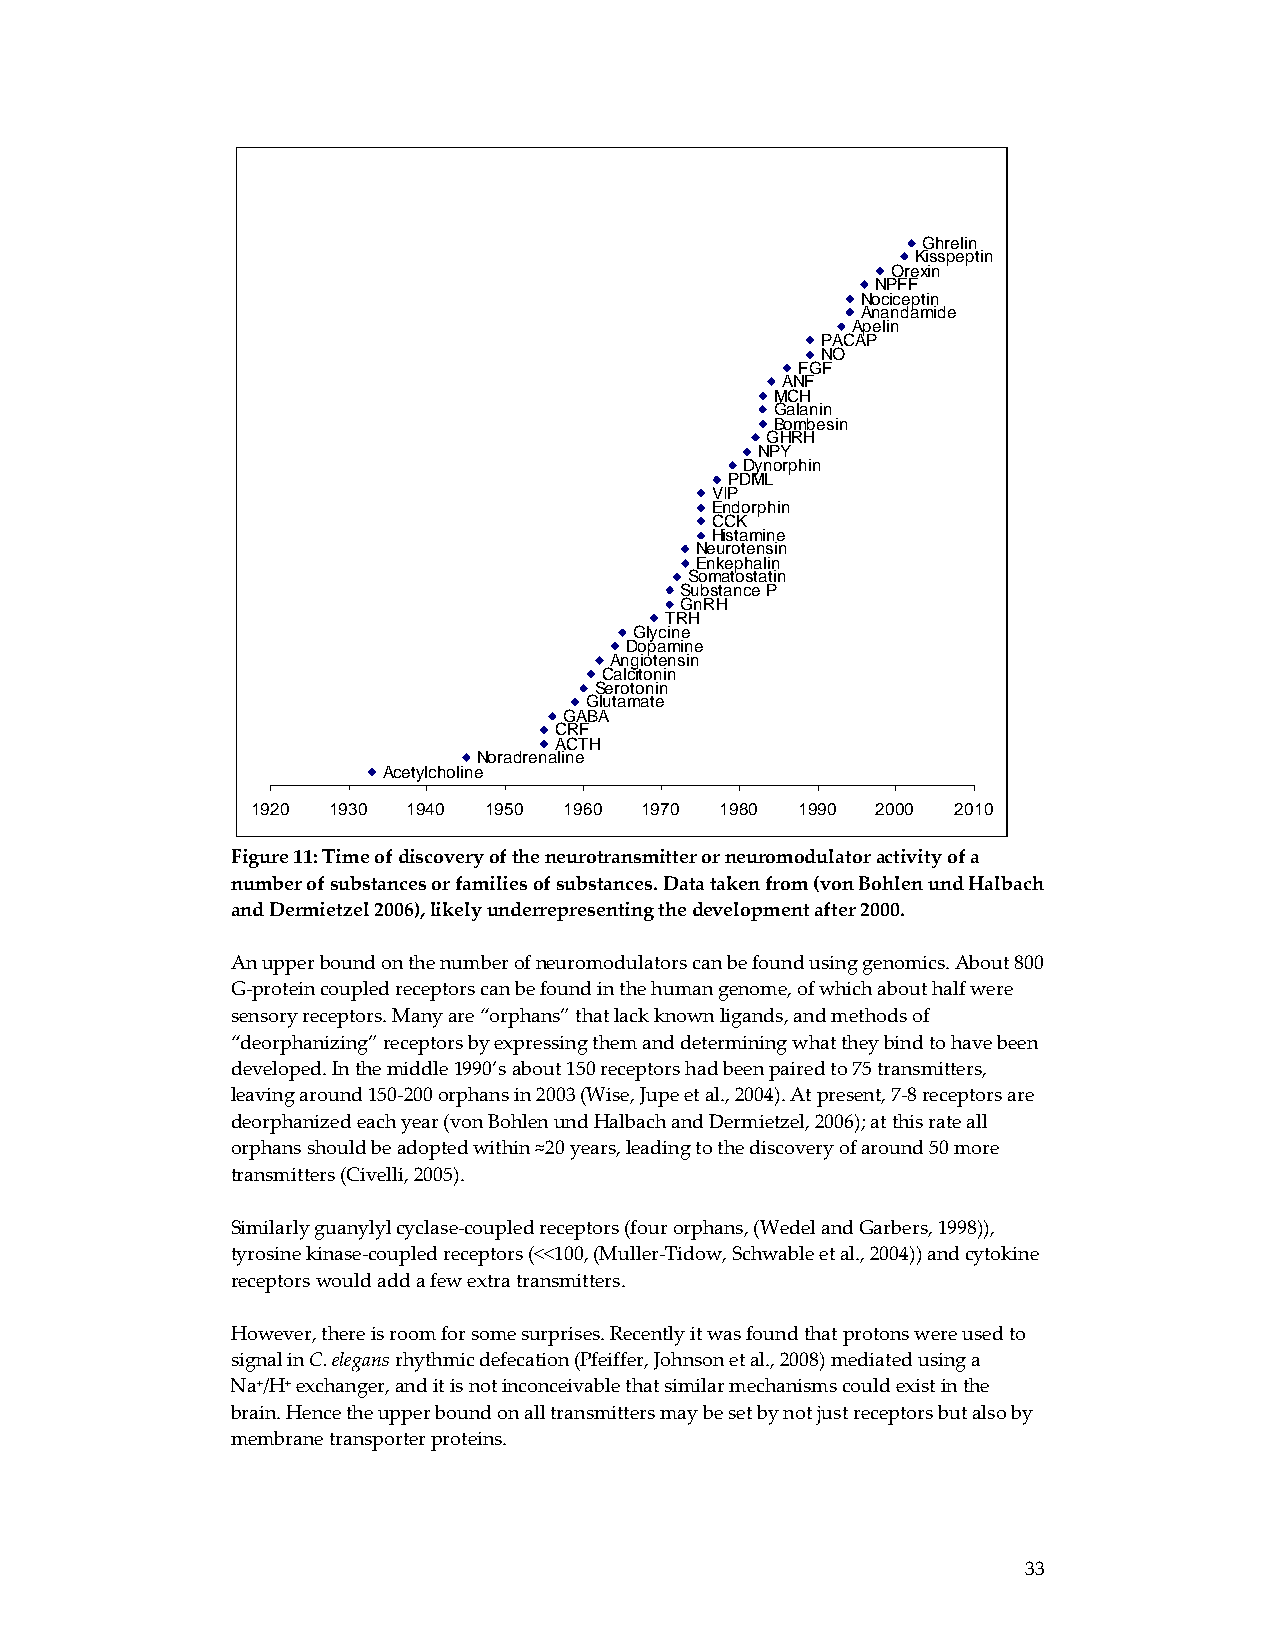
Ghrelin
 Kisspeptin
 Orexin
 NPFF
 Nociceptin
 Anandamide
 Apelin
 PACAP
 NO
 FGF
 ANF
 MCH
 Galanin
 Bombesin
 GHRH
 NPY
 Dynorphin
 PDML
 VIP
 Endorphin
 CCK
 Histamine
 Neurotensin
 Enkephalin
 Somatostatin
 Substance P
 GnRH
 TRH
 Glycine
 Dopamine
 Angiotensin
 Calcitonin
 Serotonin
 Glutamate
 GABA
 CRF
 ACTH
 Noradrenaline
 Acetylcholine
 1920 1930 1940 1950 1960 1970  1980 1990 2000 2010
 Figure 11: Time of discovery of the neurotransmitter or neuromodulator activity of a
 number of substances or families of substances. Data taken from (von Bohlen und Halbach
 and Dermietzel 2006), likely underrepresenting the development after 2000.
 An upper bound on the number of neuromodulators can be found using genomics. About 800
 G‐protein coupled receptors can be found in the human genome, of which about half were
 sensory receptors. Many are “orphans” that lack known ligands, and methods of
 “deorphanizing” receptors by expressing them and determining what they bind to have been
 developed. In the middle 1990’s about 150 receptors had been paired to 75 transmitters,
 leaving around 150‐200 orphans in 2003 (Wise, Jupe et al., 2004). At present, 7‐8 receptors are
 deorphanized each year (von Bohlen und Halbach and Dermietzel, 2006); at this rate all
 orphans should be adopted within ≈20 years, leading to the discovery of around 50 more
 transmitters (Civelli, 2005).
 Similarly guanylyl cyclase‐coupled receptors (four orphans, (Wedel and Garbers, 1998)),
 tyrosine kinase‐coupled receptors (<<100, (Muller‐Tidow, Schwable et al., 2004)) and cytokine
 receptors would add a few extra transmitters.
 However, there is room for some surprises. Recently it was found that protons were used to
 signal in C. elegans rhythmic defecation (Pfeiffer, Johnson et al., 2008) mediated using a
 Na+/H+ exchanger, and it is not inconceivable that similar mechanisms could exist in the
 brain. Hence the upper bound on all transmitters may be set by not just receptors but also by
 membrane transporter proteins.
 33